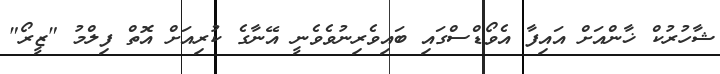
ޝާހުރުކް ޚާންއަށް އައިފާ އެވޯޑްސްގައި ބައިވެރިނުވެވެނީ އޭނާގެ ކުރިއަށް އޮތް ފިލްމު "ޒީރޯ"